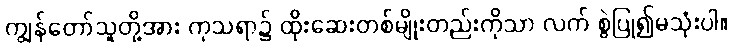
ကျွန်တော်သူတို့အား ကုသရာ၌ ထိုးဆေးတစ်မျိုးတည်းကိုသာ လက် စွဲပြု၍မသုံးပါ။